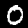
Label: 0